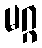
မဂ္ဂ